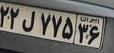
۲۲ل۷۷۵۳۶